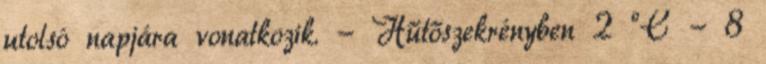
utolsó napjára vonatkozik. - Hűtőszekrényben 2 °C - 8